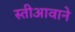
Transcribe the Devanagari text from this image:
स्तीआवाने